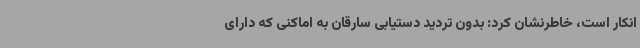
انکار است، خاطرنشان کرد: بدون تردید دستیابی سارقان به اماکنی که دارای